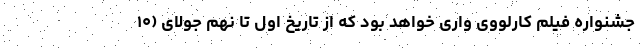
جشنواره فیلم کارلووی واری خواهد بود که از تاریخ اول تا نهم جولای (۱۰